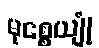
မုစ္စေယျုံ